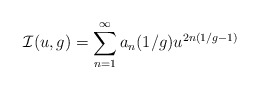
\begin{align*}{\cal I}(u,g)= \sum_{n=1}^\infty a_n(1/g) u^{2n(1/g-1)}\end{align*}